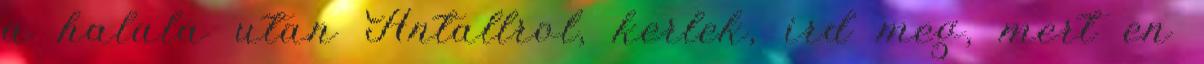
a halala utan Antallrol, kerlek, ird meg, mert en